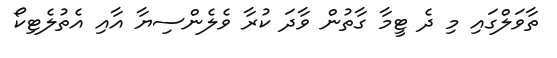
ތާވަލްގައި މި ދެ ޓީމާ ގާތުން ވާދަ ކުރާ ވެލެންސިޔާ އާއި އެތުލެޓިކޯ